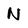
Character: N